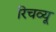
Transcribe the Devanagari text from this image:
रिचव्यू